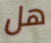
هل